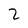
Character: 2